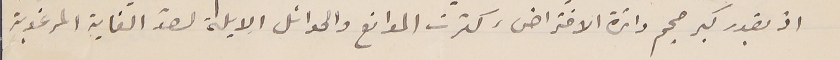
اذ بقدر كبر حجم دائرة الافتراض، كثرت الموانع والحوائل الايلة لعند الغاية المرغوبة